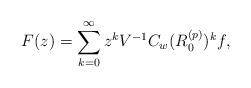
LaTeX: \begin{align*}F(z)=\sum_{k=0}^\infty z^kV^{-1}C_w(R_0^{(p)})^kf,\end{align*}